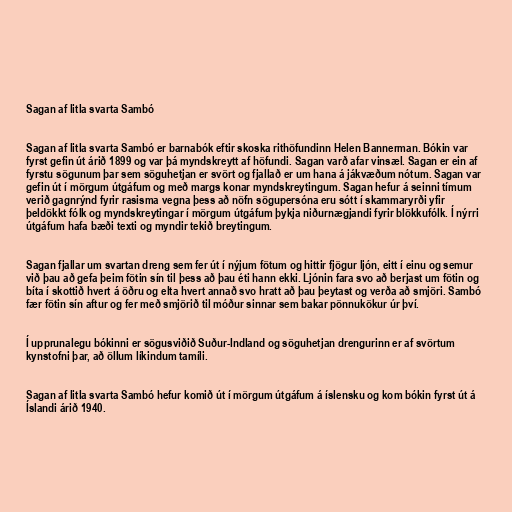
Sagan af litla svarta Sambó

Sagan af litla svarta Sambó er barnabók eftir skoska rithöfundinn Helen Bannerman. Bókin var
fyrst gefin út árið 1899 og var þá myndskreytt af höfundi. Sagan varð afar vinsæl. Sagan er ein af
fyrstu sögunum þar sem söguhetjan er svört og fjallað er um hana á jákvæðum nótum. Sagan var
gefin út í mörgum útgáfum og með margs konar myndskreytingum. Sagan hefur á seinni tímum
verið gagnrýnd fyrir rasisma vegna þess að nöfn sögupersóna eru sótt í skammaryrði yfir
þeldökkt fólk og myndskreytingar í mörgum útgáfum þykja niðurnægjandi fyrir blökkufólk. Í nýrri
útgáfum hafa bæði texti og myndir tekið breytingum.

Sagan fjallar um svartan dreng sem fer út í nýjum fötum og hittir fjögur ljón, eitt í einu og semur
við þau að gefa þeim fötin sín til þess að þau éti hann ekki. Ljónin fara svo að berjast um fötin og
bíta í skottið hvert á öðru og elta hvert annað svo hratt að þau þeytast og verða að smjöri. Sambó
fær fötin sín aftur og fer með smjörið til móður sinnar sem bakar pönnukökur úr því.

Í upprunalegu bókinni er sögusviðið Suður-Indland og söguhetjan drengurinn er af svörtum
kynstofni þar, að öllum líkindum tamíli.

Sagan af litla svarta Sambó hefur komið út í mörgum útgáfum á íslensku og kom bókin fyrst út á
Íslandi árið 1940.